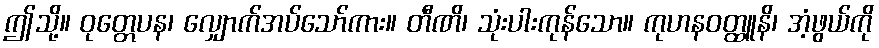
ဤသို့။ ဝုတ္တေပန၊ လျှောက်အပ်သော်ကား။ တီဏိ၊ သုံးပါးကုန်သော။ ကုဟနဝတ္ထူနိ၊ အံ့ဖွယ်ကို